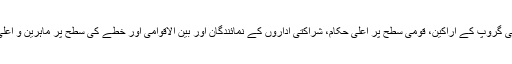
TAG اجلاسوں میں مخصوص ممالک سے تکنیکی مشاورتی گروپ کے اراکین، قومی سطح پر اعلیٰ حکام، شراکتی اداروں کے نمائندگان اور بین الاقوامی اور خطے کی سطح پر ماہرین و اعلیٰ حکام برائے امور صحت شرکت کرتے ہیں۔